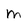
Character: m